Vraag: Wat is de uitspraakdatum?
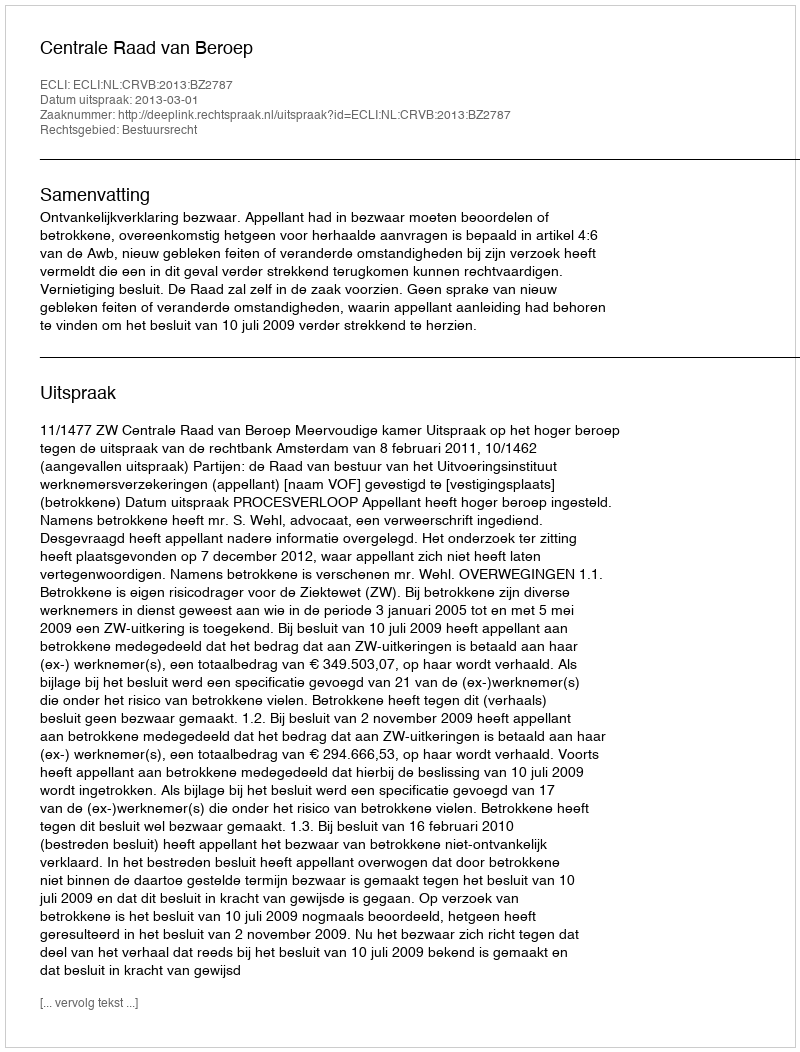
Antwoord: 2013-03-01